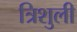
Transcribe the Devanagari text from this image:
त्रिशुली